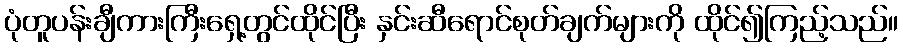
ပုံတူပန်းချီကားကြီးရှေ့တွင်ထိုင်ပြီး နှင်းဆီရောင်စုတ်ချက်များကို ထိုင်၍ကြည့်သည်။